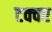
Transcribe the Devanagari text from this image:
टक्क्‍र